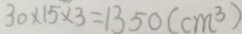
3 0 \times 1 5 \times 3 = 1 3 5 0 ( c m ^ { 3 } )